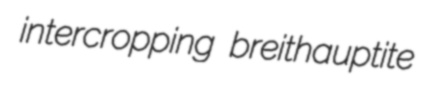
intercropping breithauptite